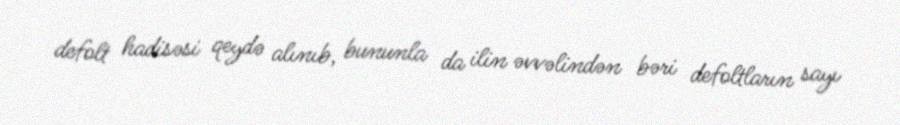
defolt hadisəsi qeydə alınıb, bununla da ilin əvvəlindən bəri defoltların sayı